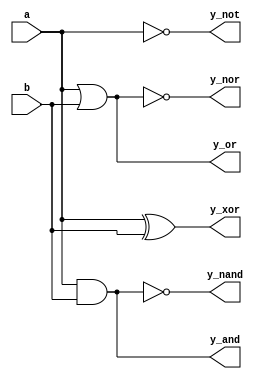
module gate2(
    input a,b,
    output y_not,y_and,y_or,y_xor,y_nand,y_nor
    );
    
    assign y_not = ~a;
    assign y_and = a&b;
    assign y_or = a|b;
    assign y_xor = a^b;
    assign y_nand = ~(a&b);
    assign y_nor = ~(a|b);
    
endmodule